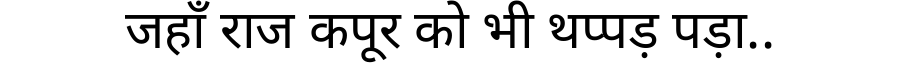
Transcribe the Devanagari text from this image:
जहाँ राज कपूर को भी थप्पड़ पड़ा..